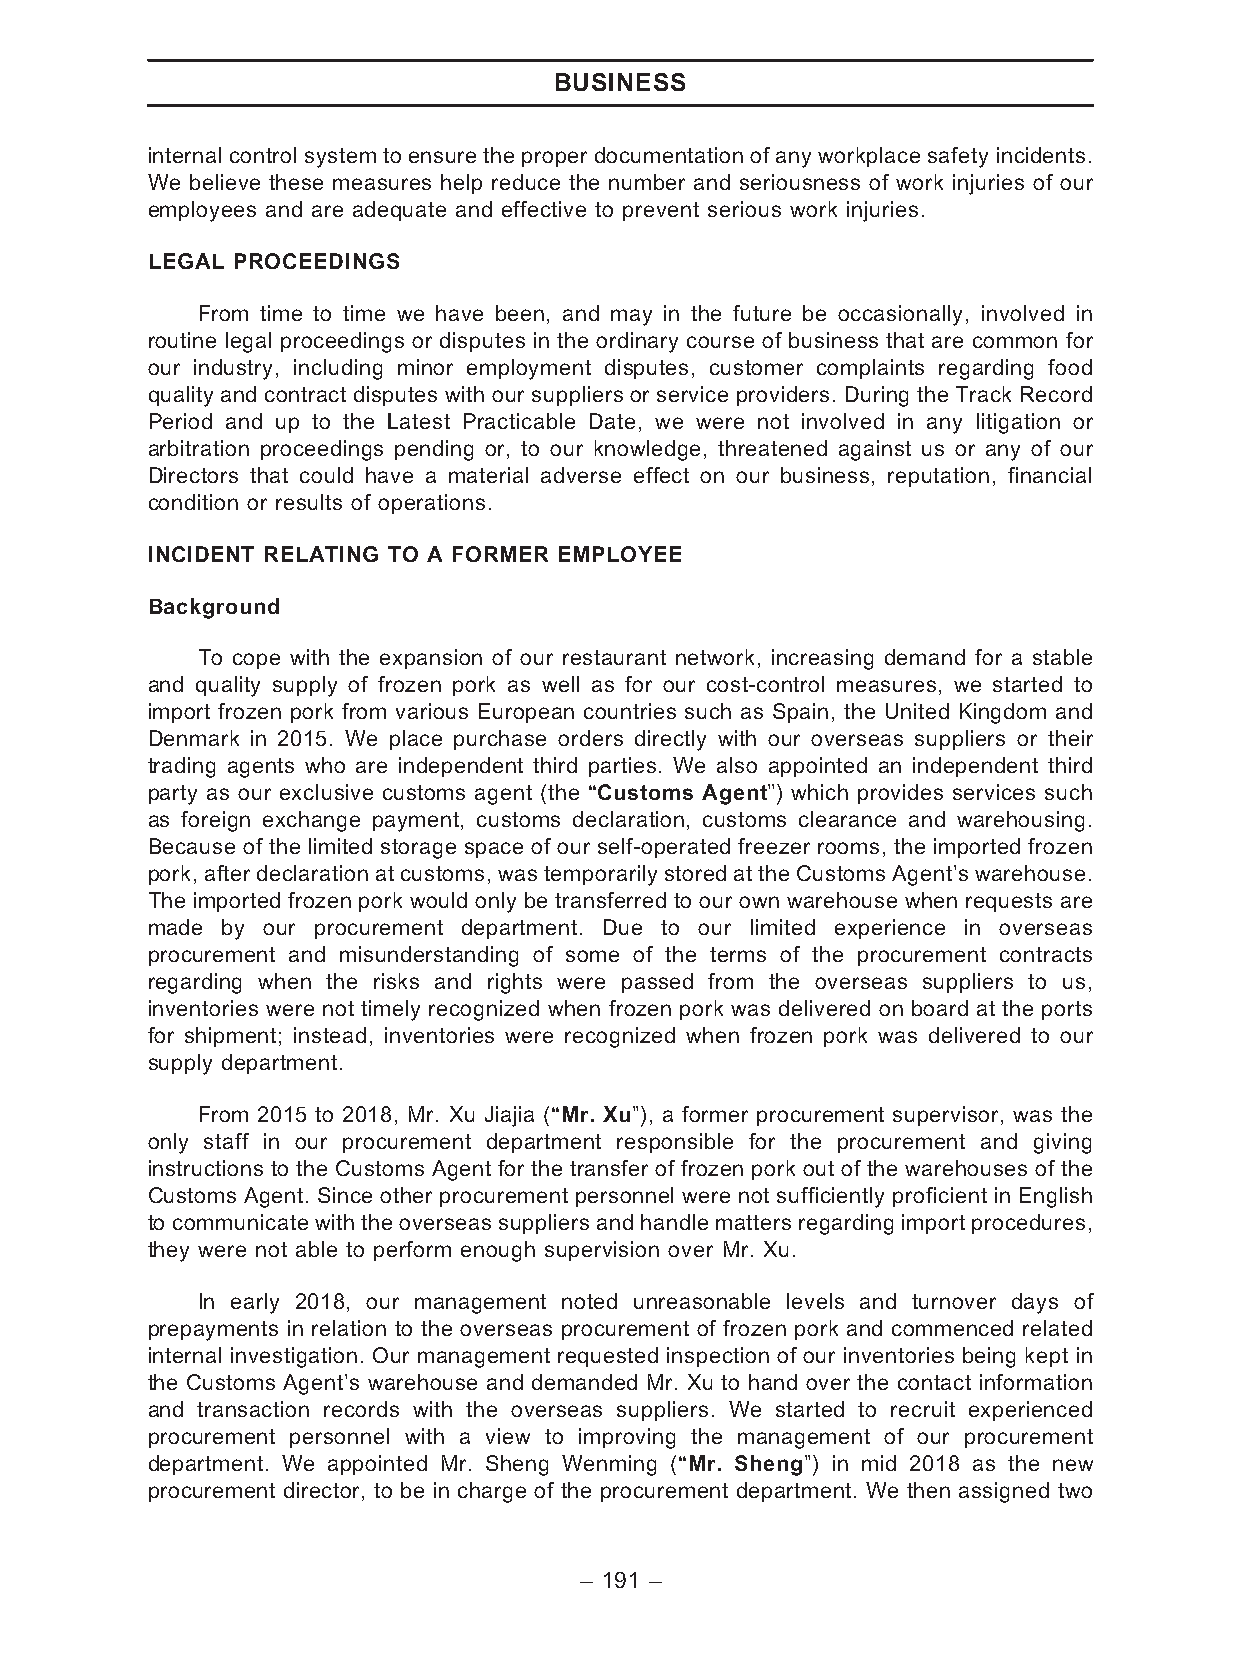
BUSINESS
 internal control system to ensure the proper documentation of anyworkplace safety incidents.
 We believe these measures help reduce the number and seriousness of work injuries of our
 employees and are adequate and effective to prevent serious work injuries.
 LEGAL PROCEEDINGS
 From time to time we have been, and may in the future be occasionally, involved in
 routine legal proceedings or disputes in the ordinary course of business that are common for
 our industry, including minor employment disputes, customer complaints regarding food
 quality and contract disputes with our suppliers or service providers. During the Track Record
 Period and up to the Latest Practicable Date, we were not involved in any litigation or
 arbitration proceedings pending or, to our knowledge, threatened against us or any of our
 Directors that could have a material adverse effect on our business, reputation, financial
 condition or results of operations.
 INCIDENT RELATING TO A FORMER EMPLOYEE
 Background
 To cope with the expansion of our restaurant network, increasing demand for a stable
 and quality supply of frozen pork as well as for our cost-control measures, we started to
 import frozen pork from various European countries such as Spain, the United Kingdom and
 Denmark in 2015. We place purchase orders directly with our overseas suppliers or their
 trading agents who are independent third parties. We also appointed an independent third
 party as our exclusive customs agent (the ‘‘Customs Agent’’) which provides services such
 as foreign exchange payment, customs declaration, customs clearance and warehousing.
 Because of the limited storage space of our self-operated freezer rooms, the imported frozen
 pork,afterdeclarationatcustoms,wastemporarilystoredattheCustomsAgent’swarehouse.
 The imported frozen pork would only be transferred to our own warehouse when requests are
 made by our procurement department. Due to our limited experience in overseas
 procurement and misunderstanding of some of the terms of the procurement contracts
 regarding when the risks and rights were passed from the overseas suppliers to us,
 inventories were not timely recognized when frozen pork was delivered on board at the ports
 for shipment; instead, inventories were recognized when frozen pork was delivered to our
 supply department.
 From 2015 to 2018, Mr. Xu Jiajia (‘‘Mr. Xu’’), a former procurement supervisor, was the
 only staff in our procurement department responsible for the procurement and giving
 instructions to the Customs Agent for the transfer of frozen pork out of the warehouses of the
 Customs Agent. Since other procurement personnel were not sufficiently proficient in English
 to communicate with the overseas suppliers and handle matters regarding import procedures,
 they were not able to perform enough supervision over Mr. Xu.
 In early 2018, our management noted unreasonable levels and turnover days of
 prepayments in relation to the overseas procurement of frozen pork and commenced related
 internal investigation. Our management requested inspection of our inventories being kept in
 the Customs Agent’s warehouse and demanded Mr. Xu to hand over the contact information
 and transaction records with the overseas suppliers. We started to recruit experienced
 procurement personnel with a view to improving the management of our procurement
 department. We appointed Mr. Sheng Wenming (‘‘Mr. Sheng’’) in mid 2018 as the new
 procurement director, to be in charge of the procurement department. We then assigned two
 – 191 –